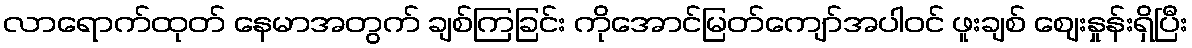
လာရောက်ထုတ် နေမာအတွက် ချစ်ကြခြင်း ကိုအောင်မြတ်ကျော်အပါဝင် ဖူးချစ် ဈေးနှုန်းရှိပြီး